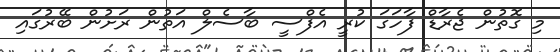
މި ގޮތުން ޖެރާޑް ފާހަގަ ކުރީ އެފްސީ ބާސެލް އަތުން ރަށުން ބޭރުގައި